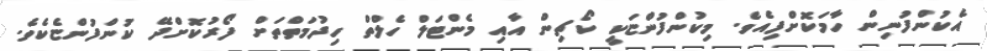
އެކުންފުނިން ހާމަކޮށްފިއެވެ. މިކުންފުންޏަކީ ކޯޗިން އާއި މެންޓަލް ހެލްތް ހިދުމަތްތަށް ފޯރުކޮށްދޭ ކުންފުންޏެކެވެ.